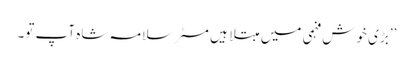
’’بڑی خوش فہمی میں مبتلا ہیں مسٹر سلامہ شاہ آپ تو۔